King Institute of Preventive Medicine Micro-Biological Section reports 1909-11
Year: 1909
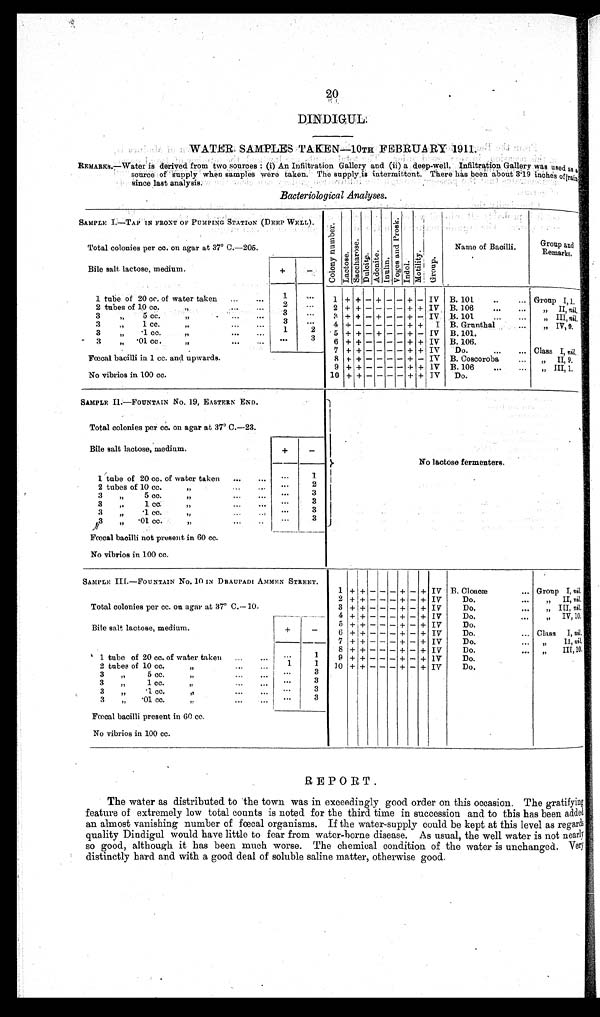
20
DINDIGUL.
WATER SAMPLES TAKEN—10TH FEBRUARY 1911.
R E M A R K S .
— W a t e r i s d e r i v e d f r o m t w o s o u r c e s : ( i ) A n I n f i l t r a t i o n G a l l e r y a n d ( i i ) a d e e p - w e l l . I n f i l t r a t i o n G a l l e r y w a s u s e d a s
a s o u r c e o f s u p p l y w h e n s a m p l e s w e r e t a k e n . T h e s u p p l y i s i n t e r m i t t e n t . T h e r e h a s b e e n a b o u t 3 . 1 9 i n c h e s o f
r a i n s i n c e l a s t a n a l y s i s .
Bacteriological Analyses.
SAMPLE I.—TAP IN FRONT OF PUMPING STATION (DEEP WELL).
Col ony Number .
Lact os e.
S a c c h a r o s e .
Dul ci t e. Adoni t e.
Inul i n.
V o g e s a n d P r o s k .
Indol.Mot i l i t y.
G r o u p .
Name ofBacilli.
G r o u p a n d R e m a r k s .
Total colonies per cc. on agar at 37° C.—205.
Bile salt lactose, medium.
+ -
1 tube of 20 cc. of water taken ...
...
. . .
1 ...
1 + + - + - - + -
I V
B . 1 0 1 . . . . .
G r o u p I , 1 .
2 t u b e s o f 1 0 c c . „ . . . . . .
2
...
2 + + - -
- - + +
I V
B . 1 0 6 . . . . .
„ II, ni l .
3 „ 5 c c . „ . . . . . .
3 ...
3 + + - + - - + -
I V
B . 1 0 1 . . . . .
„ III,n i l
.
3 „ 1 cc.
„
. . .
. . .
3 ...
4 + + - -
- - + +
I
B . G r u n t h a l . .
„ I V , 9 .
3 „ .1 cc.
„
..
. . .
1 2
5 + + - + - - + -
I V
B . 1 0 1 . . . . . .
3 „ . 0 1 c c . „
. . .
3
6 + + - -
- - + +
I V
B . 1 0 6 . . . . . . .
7 + + - -
- - + +
I V
Do.
...
. . . Class I,
n i l .
F œ c a l b a c i l l i i n 1 c c . a n d u p w a r d s . 8 + + - -
- - + -
I V
B . C o s c o r o b a . . .
„ I I , 9 .
9 + + - -
- - + +
I V B. 106
...
... „ III,
1 .
No vibrios in 100 cc.
1 0
+ + - -
- - + +
I V
D o .
SAMPLE II.—FOUNTAIN No. 19, EASTERN END.
Total colonies per cc. on agar at 37° C.—23.
No lactose fermenters.
Bile salt lactose, medium.
+ -
1 tube of 20 cc. of water taken .......
...
1
2 tubes of 10 cc.
„ . . .
...
2
3 „ 5 cc. „
... ...
3
3 „ 1 cc.
„
... ...
3
3 „ .1 cc.
„ ...
3
3 „ . 0 1 c c .
„ ...
3
Fœcal bacilli not present in 60 cc.
No vibrios in 100 cc.
SAMPLE III.—FOUNTAIN No. 10 IN DRAUPADI AMMEN STREET.
1
+ + - - - + - +
IV
B. Cloacæ... Group I, nil.
Total colonies per cc. on agar at 37° c.—10.
2 + + - - - + - +
IV
Do.
...
„ II, nil.
3 + + - - - + - +
IV
Do.
...
„ III, nil.
4 + + - - - + - +
IV
Do.
...
„ IV, 10.
Bile salt lactose, medium.
+ -
5 + + - - - + - +
IV
Do.
...
6 + + - - - + - +
IV
Do.
... Class I, nil.
7 + + - - - + - + IV
Do.
... „ II, nil.
1 t u b e o f 2 0 c c . o f w a t e r t a k e n . . . . . .
. . .
1
8 + + - - - + - + IV
Do.....„ III,10
.
9 + + - - - + - +
IV
Do.
2 tubes of 10 cc.
„ . . .
. . . 1 1
1 0
+ + - - - + - +
IV
Do.
3 „ 5 cc.
„ . . .
. . .
. . .
. . .
3
3 „ 1 cc.
„ . . .
. . .
. . .
. . .
3
3 „ .1 cc.
„ . . .
. . .
. . .
3
3 „ .01 cc.
„ . . .
. . .
. . .
3
Fœcal bacilli present in 60 cc.
No vibrios in 100 cc.
REPORT.
The water as distributed to the town was in exceedingly good order on this occasion. The gratifying
feature of extremely low total counts is noted for the third time in succession and to this has been added
an almost vanishing number of fœcal organisms. If the water-supply could be kept at this level as regards
quality Dindigul would have little to fear from water-borne disease. As usual, the well water is not nearly
so good, although it has been much worse. The chemical condition of the water is unchanged.
V e r y d i s t i n c t l y h a r d a n d w i t h a g o o d d e a l o f s o l u b l e s a l i n e m a t t e r , o t h e r w i s e g o o d .